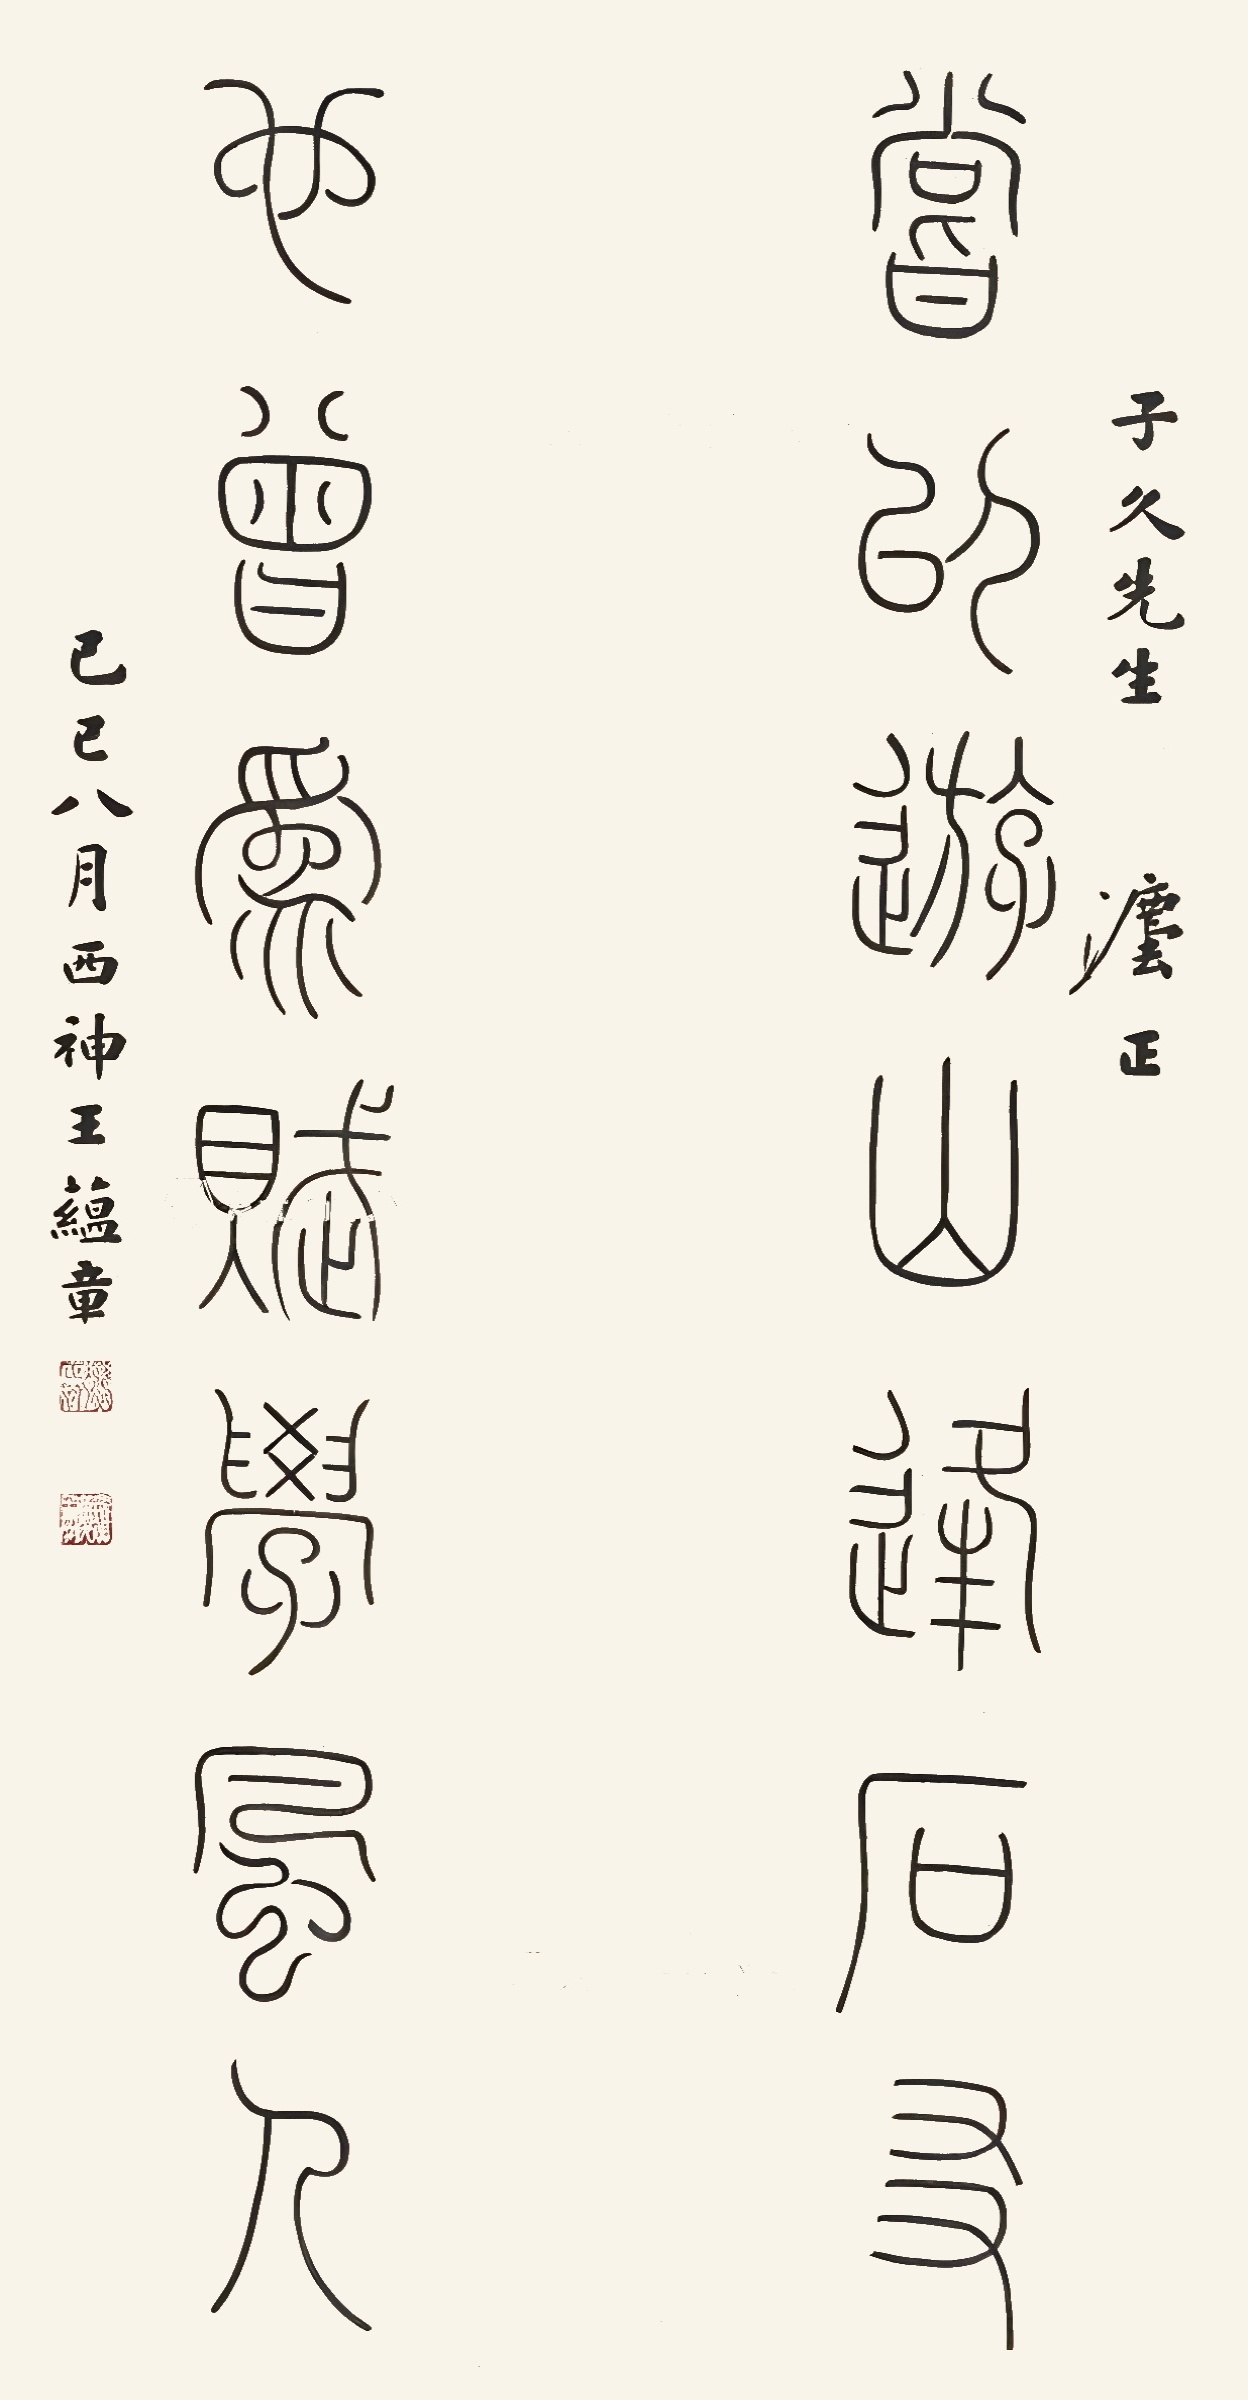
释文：尝以游山逢石友，也曾为赋学风人。子久先生灋正，己巳八月，西神王蕴章。